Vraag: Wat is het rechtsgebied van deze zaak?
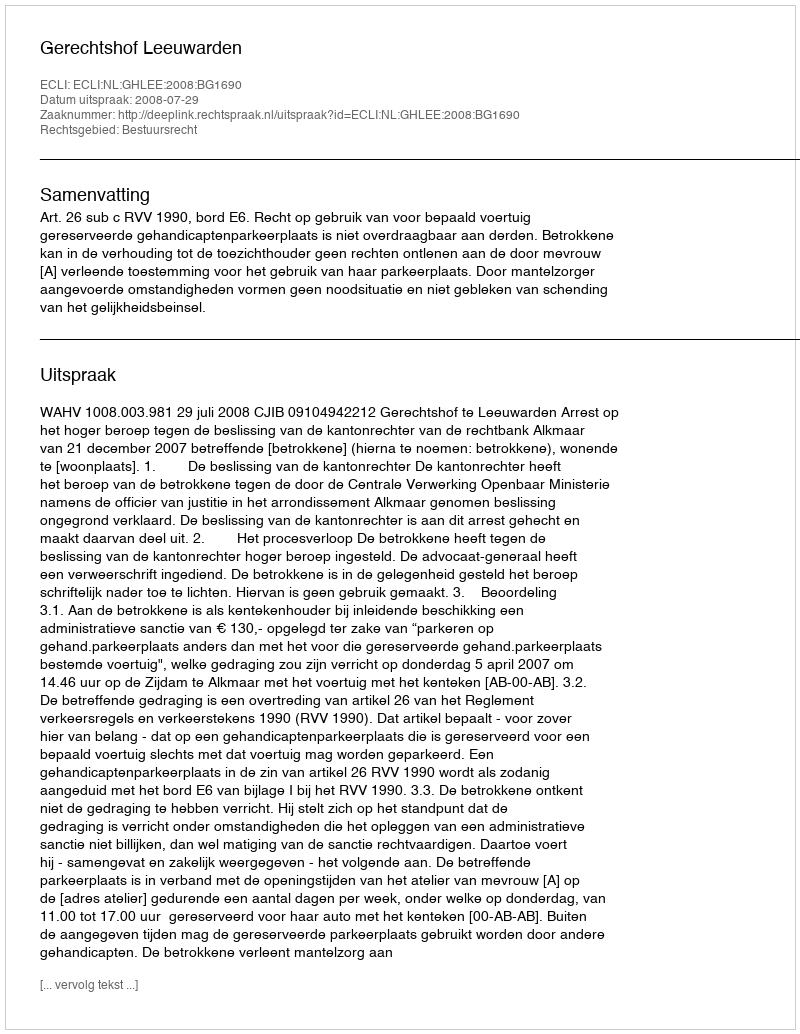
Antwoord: Bestuursrecht